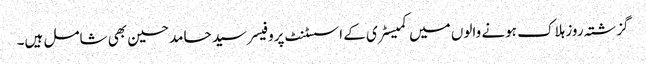
گزشتہ روز ہلاک ہونے والوں میں کمیسٹری کے اسسٹنٹ پروفیسر سید حامد حسین بھی شامل ہیں۔